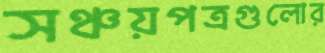
সঞ্চয়পত্রগুলোর